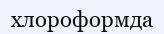
хлороформда